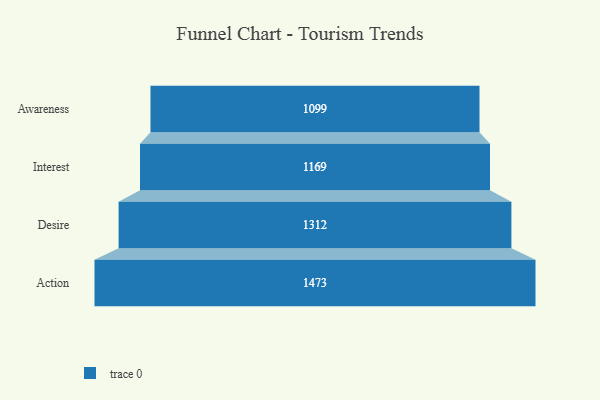
{"axis": {"x": "Stage", "y": "Value"}, "legend": [""], "data": [{"x": "Awareness", "y": 1099.0, "type": ""}, {"x": "Interest", "y": 1169.0, "type": ""}, {"x": "Desire", "y": 1312.0, "type": ""}, {"x": "Action", "y": 1473.0, "type": ""}]}